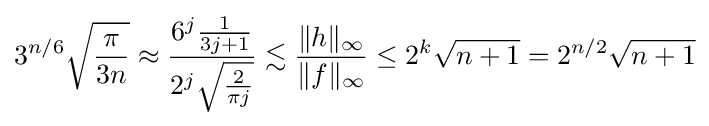
3^{n/6}{\sqrt {\frac {\pi }{3n}}}\approx {\frac {6^{j}{\frac {1}{3j+1}}}{2^{j}{\sqrt {\frac {2}{\pi j}}}}}\lesssim {\frac {\|h\|_{\infty }}{\|f\|_{\infty }}}\leq 2^{k}{\sqrt {n+1}}=2^{n/2}{\sqrt {n+1}}